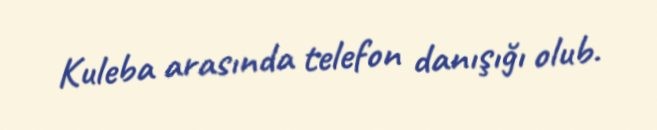
Kuleba arasında telefon danışığı olub.